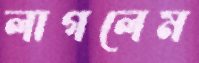
লাগলেম